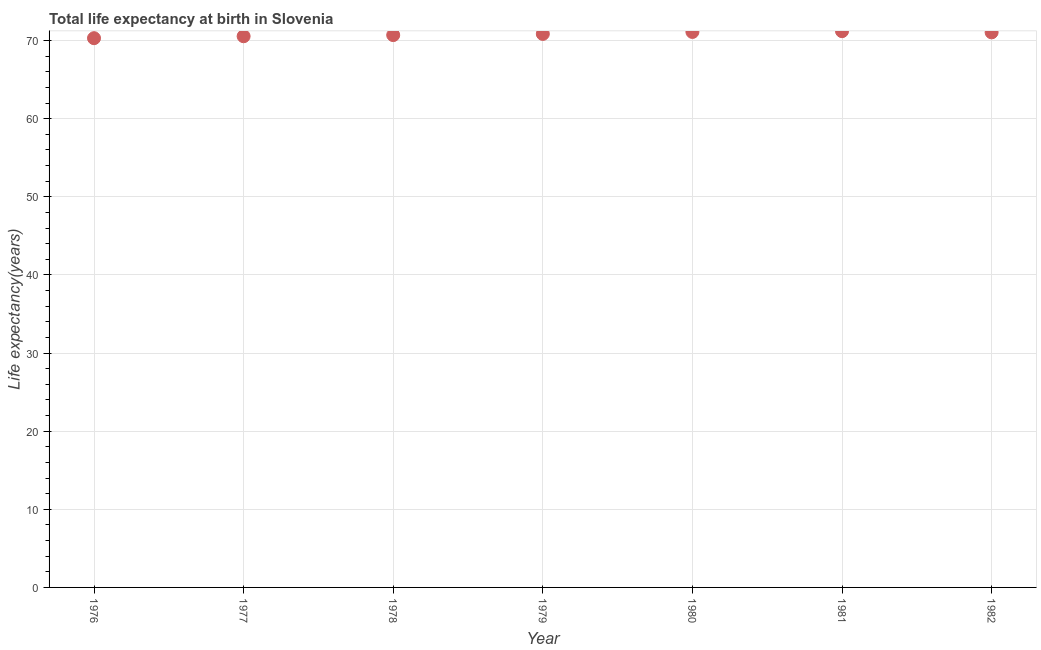
| Year | Life expectancy at birth |
 | --- | --- |
 | 1976 | 70.3 |
 | 1977 | 70.6 |
 | 1978 | 70.7 |
 | 1979 | 70.9 |
 | 1980 | 71.1 |
 | 1981 | 71.2 |
 | 1982 | 71.1 |